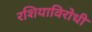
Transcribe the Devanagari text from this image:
रशियाविरोधी